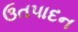
ઉતપાદન